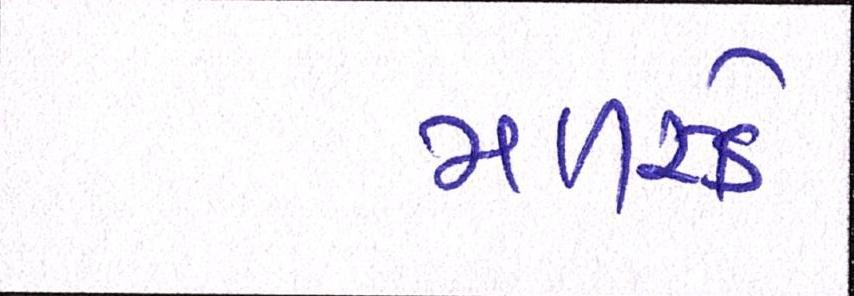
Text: મળસ્કે